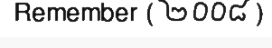
Remember ( ២០០៨ )